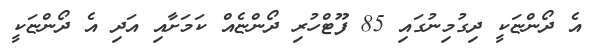
އެ ދޯންޏަކީ ދިގުމިނުގައި 85 ފޫޓްހުރި ދޯންޏެއް ކަމަށާއި އަދި އެ ދޯންޏަކީ